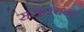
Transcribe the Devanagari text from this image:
संसारचन्द्र